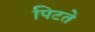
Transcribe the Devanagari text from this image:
पिटते